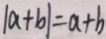
\vert a + b \vert = a + b